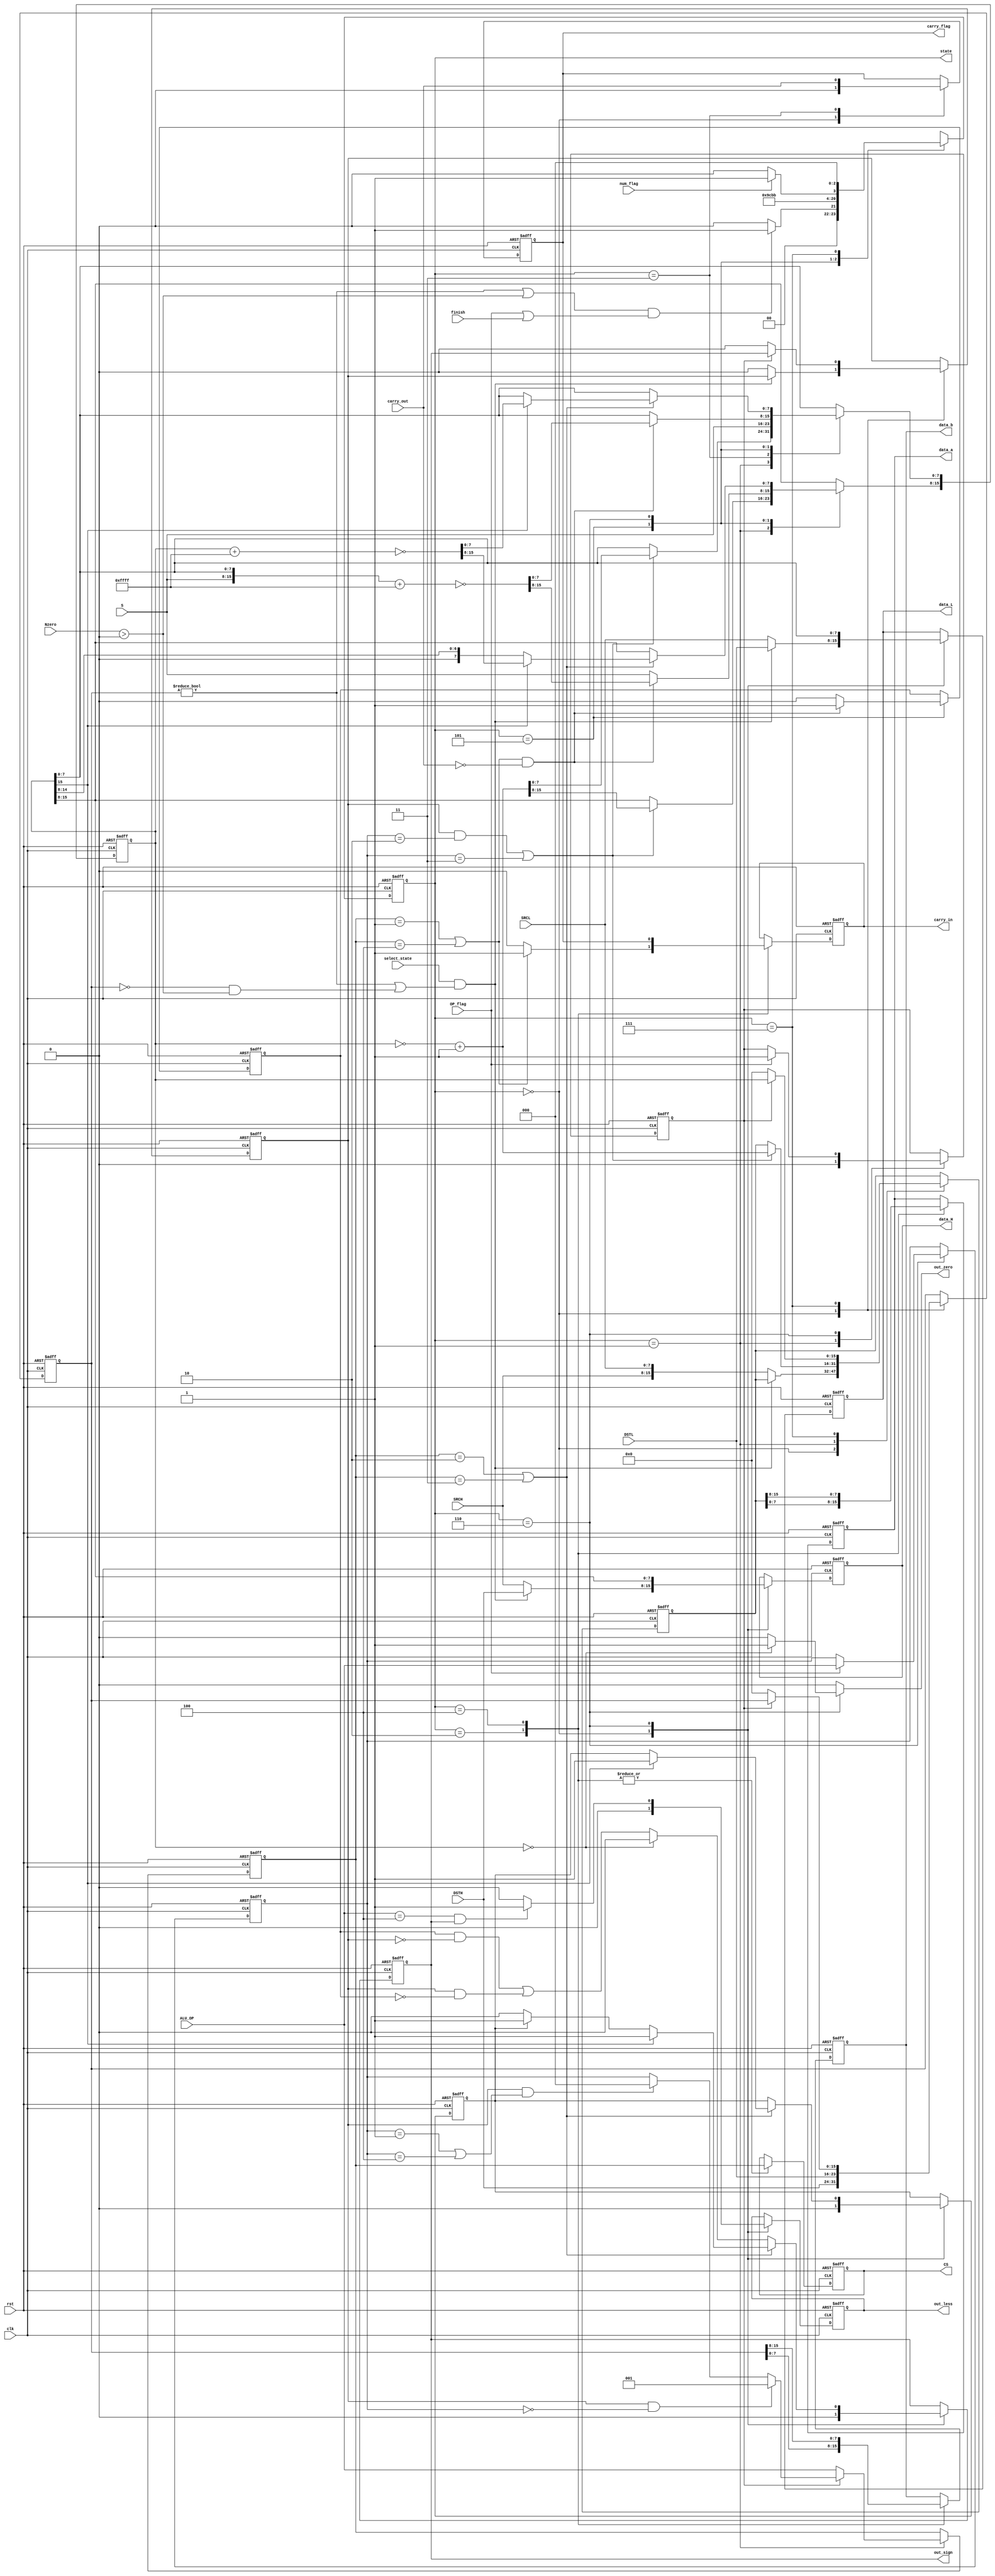
`timescale 1ns / 1ps
//////////////////////////////////////////////////////////////////////////////////
// Company: 
// Engineer: 
// 
// Design Name: 
// Module Name: CoreCircuit
// Project Name: 
// Target Devices: 
// Tool Versions: 
// Description: 
// 
// Dependencies: 
// 
// Revision:
// Revision 0.01 - File Created
// Additional Comments:
// 
//////////////////////////////////////////////////////////////////////////////////


module CoreCircuit(
    input  wire       clk,
    input  wire       rst,
    input  wire [7:0] SRCH, SRCL, DSTH, DSTL,
    input  wire [2:0] ALU_OP,
    input  wire       finish,
    input  wire       OP_flag,
    input  wire       num_flag,
    input  wire [7:0] S,
    input  wire       carry_out,
    input  wire [1:0] Nzero,
    input  wire       select_state,
    
    output reg [2:0]  state =3'b000,
//    output reg [15:0] SRC, DST, result,
//    output reg        OP_changed,
//    output reg        sign,
//    output reg [2:0]  OP,
//    output reg        mark,
//    output reg [15:0] DST,
    
    output reg        out_less,
    output reg        out_zero,
    output reg        carry_flag,
    
    output reg  [7:0] data_H, data_L, data_a, data_b,
    output reg  [2:0] CS,
    output reg        out_sign,
    output reg        carry_in
    );

	parameter INPUT = 0, READY = 1, LIN = 2, LOUT =3, HIN = 4,  HOUT= 5, RESULT = 6, JUDGE = 7;
	parameter ADD = 3'b000, MIN = 3'b001, AND = 3'b010, OR = 3'b011, COMP = 3'b100;
    
//	reg [2:0]  state =3'b000 ;   
    reg [15:0] SRC,  result; 
    reg [15:0] DST;
    reg        sign;
    reg [2:0]  OP;
    reg        OP_changed;
    
    reg [2:0]  OP_record;
    reg        OP_SIGN;
	reg        mark;

always @ (posedge clk or posedge rst) 
	begin
		if (rst)
			begin
				state <= INPUT;
				
				SRC <= 16'b0;
				DST <= 16'b0; 
				result <= 16'b0;
				OP <= 3'b0;
				carry_flag <= 1'b0;
				OP_changed <= 1'b0;
				OP_SIGN <= 1'b0;
				sign <= 1'b0;
				OP_record <= 3'b0;
				
//				mark <= 0;
                out_less<= 1'b0;
//                out_zero<= 1'b0;
//                carry_flag<= 1'b0;
				
				data_H <= 8'b0;
				data_L <= 8'b0;
				data_a <= 8'b0;
				data_b <= 8'b0;
				carry_in <= 1'b0;
				CS <= 3'b0;
				out_sign <= 1'b0;
				mark <= 1'b0;
			end
		else
			case (state)
				INPUT:
				    begin
						if( (DST != 16'b0 || Nzero>2'b0 )&&(OP_flag||finish) )
							state <= READY;
						else
							state <= INPUT;
							
//						if(DST != 16'b0 || (DST == 16'b0 && Nzero>2'b00) )
                        if((select_state==1'b1)&&(DST != 16'b0 || (DST == 16'b0 && Nzero>2'b00) ))
							begin
                                {data_H,data_L} <= {DSTH,DSTL};
                                DST <= {DSTH,DSTL};
                                
//                                mark <= 1;
                            end
						else
						    begin
                                sign <= 0;
                                {data_H,data_L} <= {SRCH,SRCL};
                                SRC <= {SRCH,SRCL};
                                DST <= {DSTH,DSTL};
                            end
						
						out_sign <= 0;	
						out_less<= 1'b0;
//                        out_zero<= 1'b0;
                        carry_flag<= 1'b0;
						mark <= 1'b0;
				    end
				READY:
				    begin
						state <= LIN;
						
						if( sign == 1 &&(OP_record== AND)||(OP_record== OR))
                            begin    
                                SRC[15:0] <= (~result[15:0]) + 16'h0001;
                                result[15:0] <= (~result[15:0]) + 16'h0001;
//                                OP <= OP_record;
                            end
						
						if(OP_changed)
                            begin
                                OP_changed <= 1'b0;
                                if(sign == 1 && OP_record == ADD)
                                    OP <= MIN;
                                else if(sign == 1 && ((OP_record== MIN)||(OP_record== COMP)) )
                                    OP <= ADD;
//                                else if(sign == 1 && ((OP_record== AND)||(OP_record== OR)))
//                                    begin    
//                                        SRC[15:0] <= (~result[15:0]) + 16'h0001;
//                                        OP <= OP_record;
//                                    end
                                else
                                    OP <= OP_record;	
                            end
                        else
                            OP <= ALU_OP;
				    end
				LIN:
				    begin
						state <= LOUT;
						
						data_a <= SRC[7:0];
						data_b <= DST[7:0];
						if( (OP == MIN)||(OP == COMP) )
							carry_in <= 1;
						else
							carry_in <= 0;
						CS <= OP;
				    end
				LOUT:
				    begin
						state <= HIN;
						
						result[7:0] <= S;
						carry_flag <= carry_out;
				    end
				HIN:
				    begin
						state <= HOUT;
						
						data_a <= SRC[15:8];
						data_b <= DST[15:8];
						carry_in <= carry_flag;
						CS <= OP;
				    end
				HOUT:
				    begin
						state <= RESULT;
												
						if( (OP==MIN||OP==COMP)&&(carry_out==0) )
							begin								
								OP_SIGN <= 1;
								result[15:0] <= ~({S,result[7:0]}+16'hffff);
							end
						else
							begin
								OP_SIGN <= 0;
								result[15:8] <= S ;
							end						                       
                        
				    end
				RESULT:
				    begin
						if(num_flag)
							state <= JUDGE;
						else
							state <= RESULT;
							
						{data_H, data_L} <= result;
						
						if( (OP==AND || OP==OR) ) 
							begin
								if(result[15]==1'b1)
									begin
										result[15:0] <= ~(result[15:0]+16'hffff);
										out_sign <= 1'b1;
										mark <= 1'b1;
									end
								else if(mark == 1'b1)
									out_sign <= 1'b1;
								else
									out_sign <= 1'b0;							
							end                        
						else if(result==16'b0)
                            begin
//                                out_zero <= 1'b1;
                                out_sign <= 1'b0;
						    end
                        else
                            out_sign <= (OP_SIGN & (~sign)) | (sign & (~OP_SIGN));
                            
						if(OP_flag)
                            begin
                                OP_changed <= 1;
                                OP_record <= ALU_OP;
                            end
						
						
						if( ALU_OP==COMP && out_sign == 1'b1  )
						    out_less <= 1'b1;
						else
						    out_less <= 1'b0;
						
				    end
				JUDGE:
				    begin
						state <= INPUT;
						
						if(OP_changed)
							begin
								sign <= out_sign;
								SRC <= result;								
							end
						else
							begin
								SRC <= 16'b0;
								DST <= 16'b0;
								sign <= 0;
							end	
				    end
            endcase
end

always@(state,result,out_zero)
    begin
        if(state == RESULT)
            if(result==0)
                out_zero <= 1;
            else
                out_zero <= 0;
        else
            out_zero <= 0;
    end




endmodule